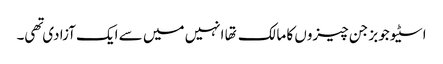
اسٹیو جوبز جن چیزوں کا مالک تها انہیں میں سے ایک آزادی تهی۔